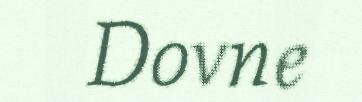
Dovne